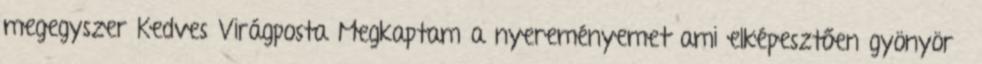
megegyszer Kedves Virágposta Megkaptam a nyereményemet ami elképesztően gyönyörű